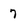
Character: 7